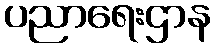
ပညာရေးဌာန